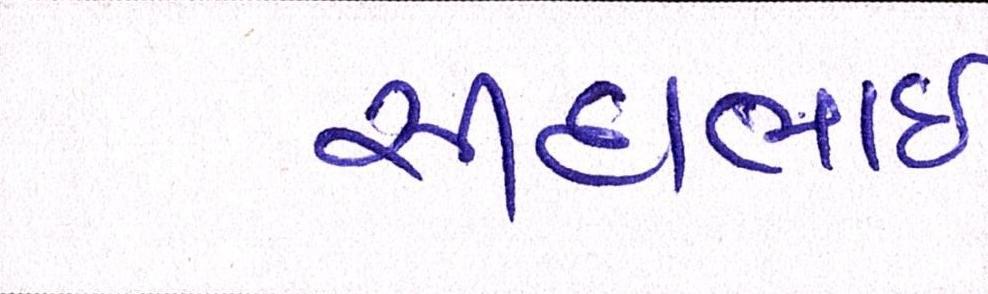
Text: સીદાભાઈ